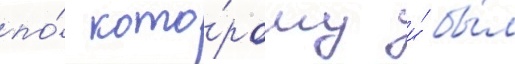
по́ кото́рому и́ бы́л